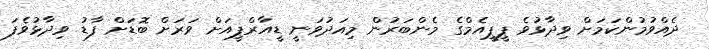
ދެއްވުމުންކަމަށް ވިދާޅުވެ ޕީޕީއެމްގެ މެންބަރުން މިއަދުވަނީ ޑީއާރްޕީއަށް ވަރަށް ބޮޑަށް ފާޑު ވިދާޅުވެފަ